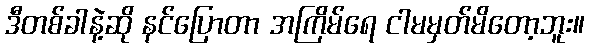
ဒီတစ်ခါနဲ့ဆို နင်ပြောတာ အကြိမ်ရေ ငါမမှတ်မိတော့ဘူး။